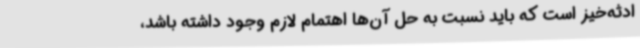
ادثه‌خیز است که باید نسبت به حل آن‌ها اهتمام لازم وجود داشته باشد،